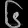
Digit: ၆